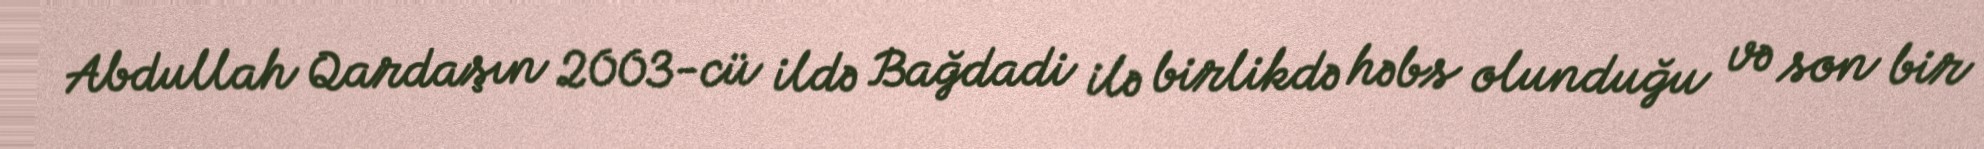
Abdullah Qardaşın 2003-cü ildə Bağdadi ilə birlikdə həbs olunduğu və son bir